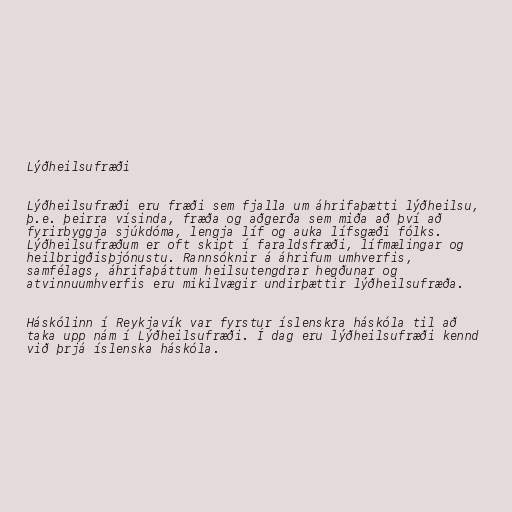
Lýðheilsufræði

Lýðheilsufræði eru fræði sem fjalla um áhrifaþætti lýðheilsu,
þ.e. þeirra vísinda, fræða og aðgerða sem miða að því að
fyrirbyggja sjúkdóma, lengja líf og auka lífsgæði fólks.
Lýðheilsufræðum er oft skipt í faraldsfræði, lífmælingar og
heilbrigðisþjónustu. Rannsóknir á áhrifum umhverfis,
samfélags, áhrifaþáttum heilsutengdrar hegðunar og
atvinnuumhverfis eru mikilvægir undirþættir lýðheilsufræða.

Háskólinn í Reykjavík var fyrstur íslenskra háskóla til að
taka upp nám í Lýðheilsufræði. Í dag eru lýðheilsufræði kennd
við þrjá íslenska háskóla.